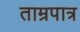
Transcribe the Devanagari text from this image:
ताम्रपात्र